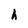
Character: h